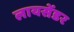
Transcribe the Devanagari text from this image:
लायसेंडर